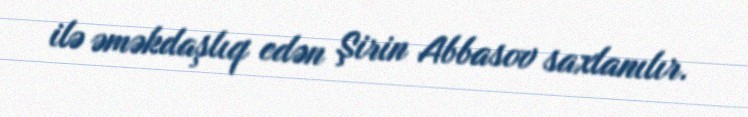
ilə əməkdaşlıq edən Şirin Abbasov saxlanılır.